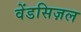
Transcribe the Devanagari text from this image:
वेंडसिज़ल